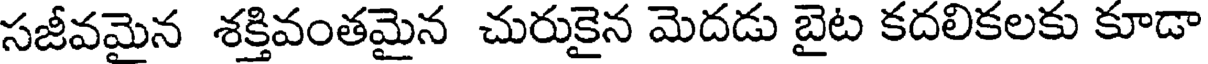
సజీవమైన శక్తివంతమైన చురుకైన మెదడు బైట కదలికలకు కూడా